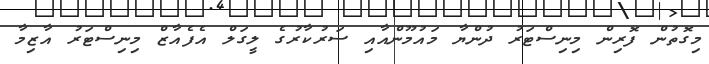
މިގޮތުން ފޮރިން މިނިސްޓަރު ދުންޔާ މައުމޫންއާއި ސަރުކާރުގެ ލީގަލް އެފެއާޒް މިނިސްޓަރު އާޒިމާ